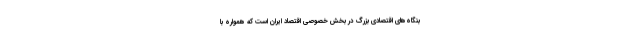
بنگاه‌های اقتصادی بزرگ در بخش خصوصی اقتصاد ایران است که همواره با